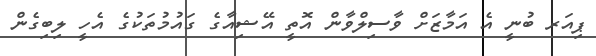
ޕިއަރ ބުނީ އެ އަމާޒަށް ވާސިލްވާން އޮތީ އޭޝިއާގެ ގައުމުތަކުގެ އެހީ ލިބިގެން